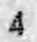
4